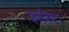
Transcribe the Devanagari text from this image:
इनडिया।